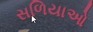
સળિયાઓ